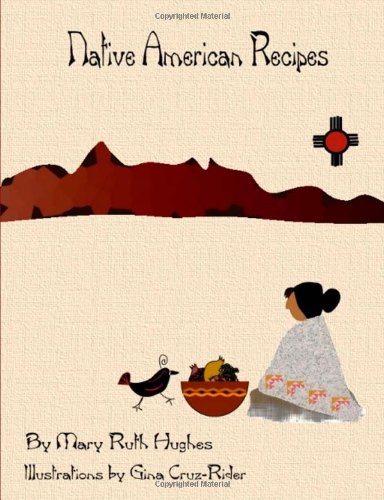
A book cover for Native American Recipes; Mary Ruth Hughes; Cookbooks, Food & Wine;